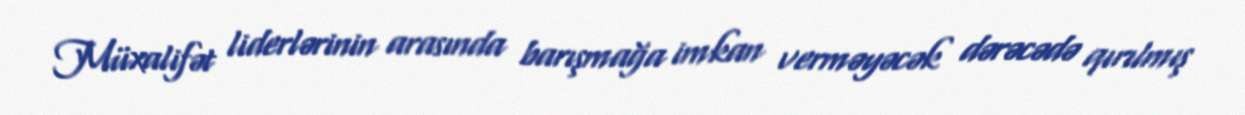
Müxalifət liderlərinin arasında barışmağa imkan verməyəcək dərəcədə qırılmış